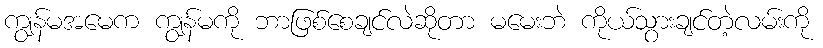
ကျွန်မအမေက ကျွန်မကို ဘာဖြစ်စေချင်လဲဆိုတာ မမေးဘဲ ကိုယ်သွားချင်တဲ့လမ်းကို